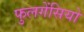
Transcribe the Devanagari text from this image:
फुलगेंसियो